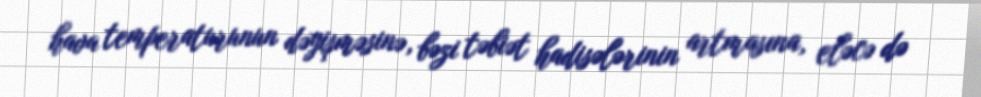
hava temperaturunun dəyişməsinə, bəzi təbiət hadisələrinin artmasına, eləcə də